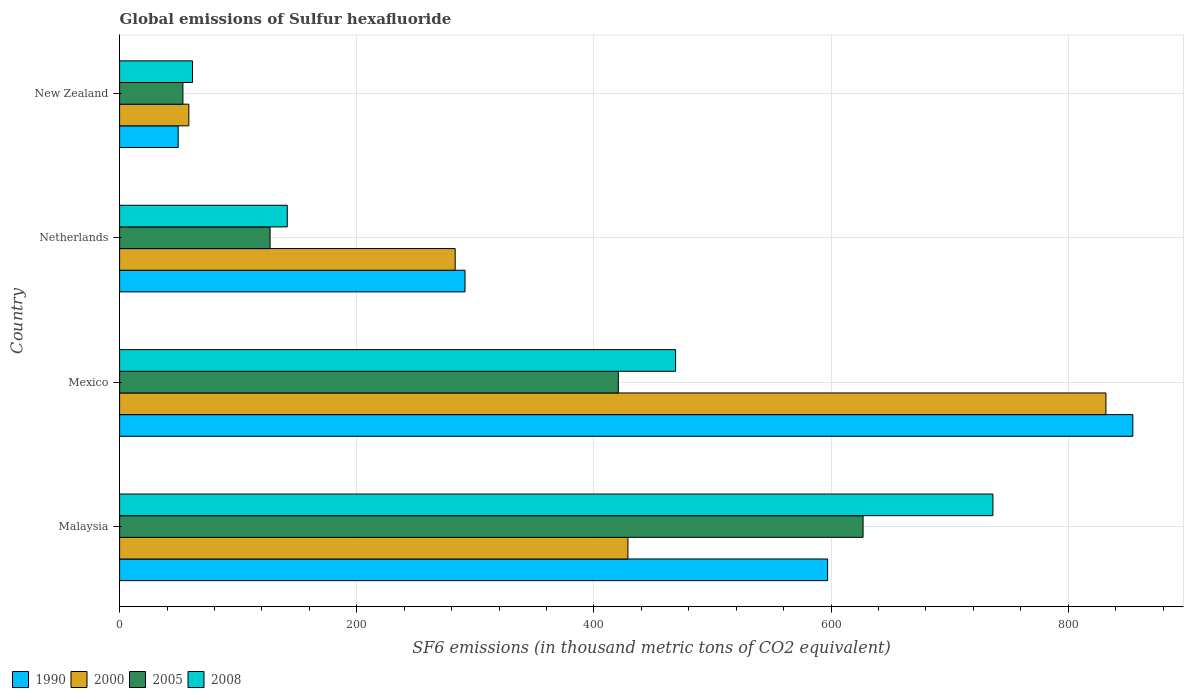
| Country | 1990 | 2000 | 2005 | 2008 |
 | --- | --- | --- | --- | --- |
 | Malaysia | 597 | 429 | 627 | 736 |
 | Mexico | 854 | 832 | 421 | 469 |
 | Netherlands | 291 | 283 | 127 | 141 |
 | New Zealand | 49.4 | 58.4 | 53.4 | 61.5 |